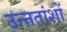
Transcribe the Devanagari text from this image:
उन्ऩतांशों